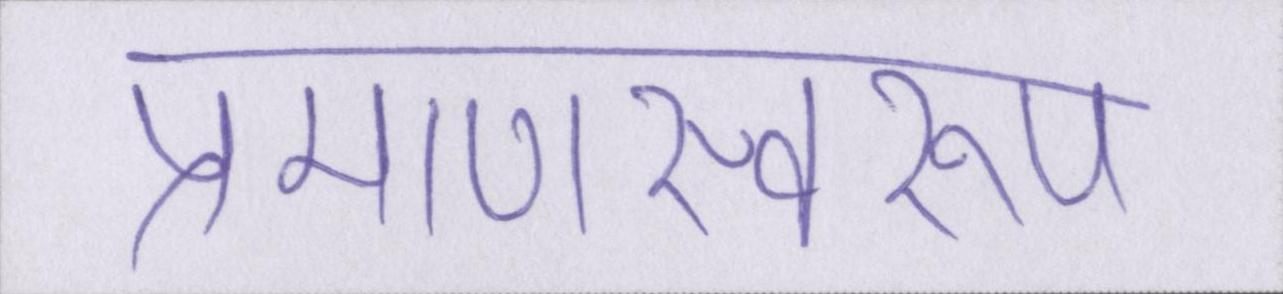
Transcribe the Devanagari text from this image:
प्रमाणस्वरूप